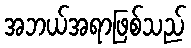
အဘယ်အရာဖြစ်သည်